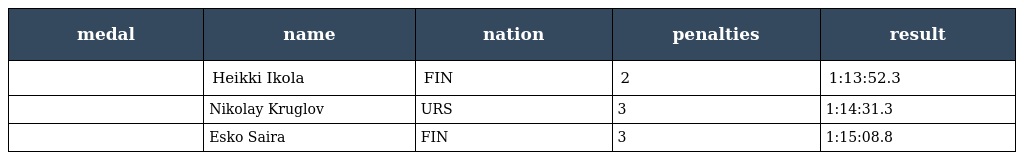
| medal | name | nation | penalties | result |
 | --- | --- | --- | --- | --- |
 |  | Heikki Ikola | FIN | 2 | 1:13:52.3 |
 |  | Nikolay Kruglov | URS | 3 | 1:14:31.3 |
 |  | Esko Saira | FIN | 3 | 1:15:08.8 |